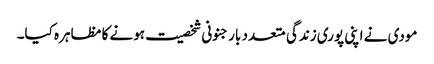
مودی نے اپنی پوری زندگی متعدد بار جنونی شخصیت ہونے کا مظاہرہ کیا۔